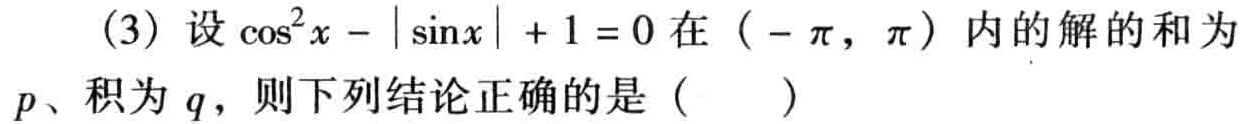
（3）设\(\cos^{2}x - |\sin x| + 1 = 0\)在\(( - \pi,\pi)\)内的解的和为\(p\)、积为\(q\)，则下列结论正确的是（  ）